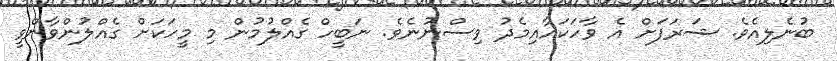
ބުނެލިއެވެ. ޝަރަފަށް އެ ވާހަކައާއިމެދު ވިސްނުނެވެ. ނަބީހް ގެއްލުމުން މި މީހަކަށް ގެއްލުންވާންވީ